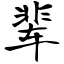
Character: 辈